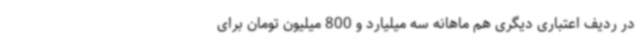
در ردیف اعتباری دیگری هم ماهانه سه میلیارد و 800 میلیون تومان برای